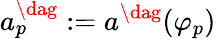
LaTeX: a_{p}^{\dag}:=a^{\dag}(\varphi_{p})